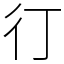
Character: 㣔